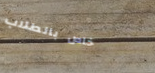
خاص بالطلاب